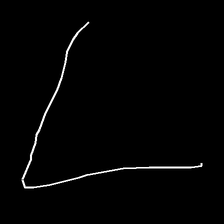
Glyph: region